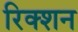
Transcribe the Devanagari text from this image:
रिक्शन